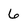
Character: 6